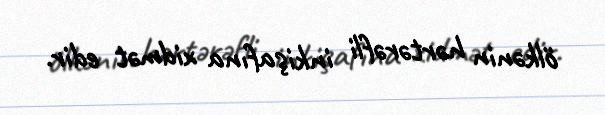
ölkənin hərtərəfli inkişafına xidmət edir.